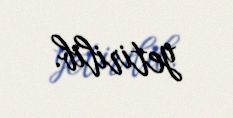
yetirilib.